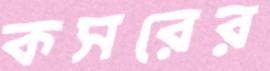
কসরের